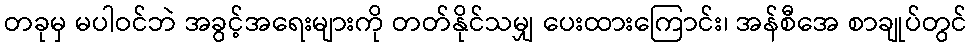
တခုမှ မပါဝင်ဘဲ အခွင့်အရေးများကို တတ်နိုင်သမျှ ပေးထားကြောင်း၊ အန်စီအေ စာချုပ်တွင်